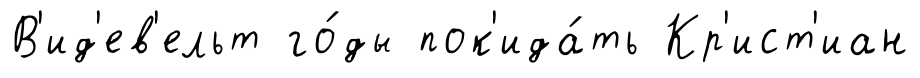
В'ид'ев'ельт го́ды пок'ида́ть Кр'ист'иан